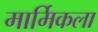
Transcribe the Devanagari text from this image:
मार्मिकला